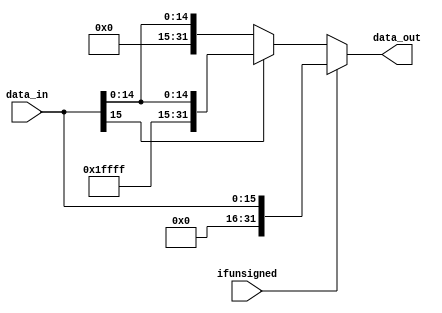
module sign_extend (
    input wire [15:0]data_in,
    input wire ifunsigned,
    output reg [31:0]data_out
);
 
    always @(*) begin
     if(ifunsigned) begin
        data_out={16'd0,data_in};
     end
     else begin
        if(data_in[15]==1) begin
            data_out={16'hffff,data_in};
        end
        else begin
            data_out={16'd0,data_in};
        end
     end
    end

    
endmodule